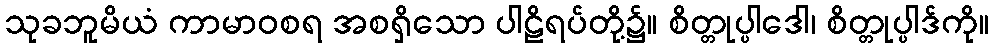
သုခဘူမိယံ ကာမာဝစရ အစရှိသော ပါဠိရပ်တို့၌။ စိတ္တုပ္ပါဒေါ၊ စိတ္တုပ္ပါဒ်ကို။